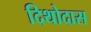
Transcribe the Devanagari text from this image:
दिथोदास